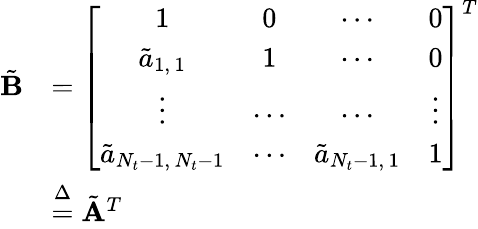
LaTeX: \begin{array}{rl}{\tilde{\mathbf{B}}}&{=\left[\begin{array}{cccc}{1}&{0}&{\cdots}&{0}\\ {\tilde{a}_{1,\, 1}}&{1}&{\cdots}&{0}\\ {\vdots}&{\cdots}&{\cdots}&{\vdots}\\ {\tilde{a}_{N_{t}-1,\, N_{t}-1}}&{\cdots}&{\tilde{a}_{N_{t}-1,\, 1}}&{1}\end{array}\right]^{T}}\\ &{\stackrel{\Delta}{=}\tilde{\mathbf{A}}^{T}}\end{array}